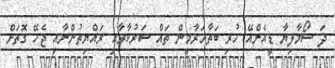
ދަ ސޯމާލިޔާ ޑީއެންއޭ ހުރި ބަތާހަރާމީން ތައް ސަރުކާރާއި ރައްޔިތުންނާއި ޖެހޭ ގޮތަށް